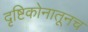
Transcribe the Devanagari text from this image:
दृष्टिकोनातूनच